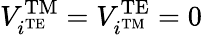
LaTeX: V_{i^{\mathrm{TE}}}^{\mathrm{TM}}=V_{i^{\mathrm{TM}}}^{\mathrm{TE}}=0